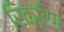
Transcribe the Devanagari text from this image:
रिकरिंग